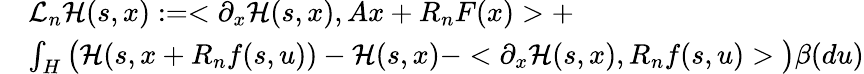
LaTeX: \begin{array}{rl}&{\mathcal{L}_{n}\mathcal{H}(s,x):=<\partial_{x}{\mathcal H}(s,x),Ax+R_{n}F(x)>+}\\ &{\int_{H}\big({\mathcal H}(s,x+R_{n}f(s,u))-{\mathcal H}(s,x)-<\partial_{x}{\mathcal H}(s,x),R_{n}f(s,u)>\big)\beta(du)}\end{array}